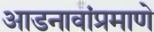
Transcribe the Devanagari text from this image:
आडनावांप्रमाणे